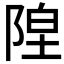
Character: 𬯇